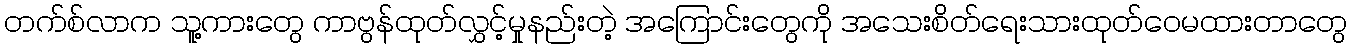
တက်စ်လာက သူ့ကားတွေ ကာဗွန်ထုတ်လွှင့်မှုနည်းတဲ့ အကြောင်းတွေကို အသေးစိတ်ရေးသားထုတ်ဝေမထားတာတွေ